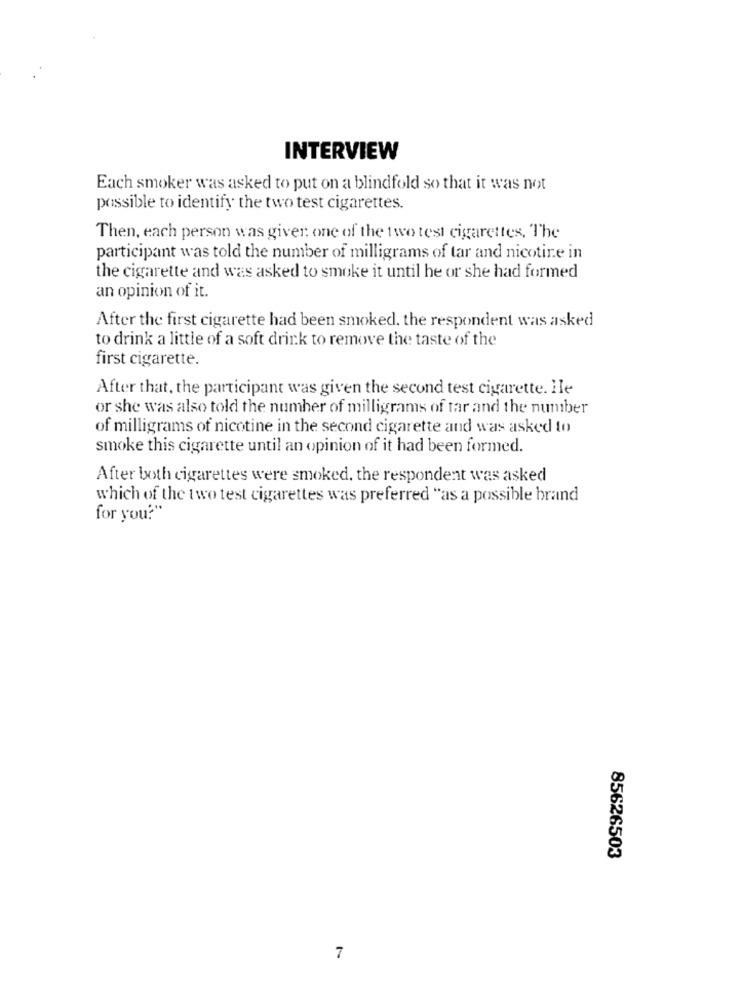
INTERVIEW
Each smoker was asked to put on a blindfold so that it was not
possible to identify the two test cigarettes.
Then, each person was giver one of the two test cigarettes, The
participant was told the number of milligrams of tar and nicotine in
the cigarette and was asked to smoke it until he or she had formed
an opinion of it.
After the first cigarette had been smoked. the respondent was asked
to drink a little of a soft drink to remove the taste of the
first cigarette.
After that, the participant was given the second test cigarette. Ile
or she was also told the number of milligrams of tar and the number
of milligrams of nicotine in the second cigarette and was asked to
smoke this cigarette until an opinion of it had been formed.
After both cigarettes were smoked, the respondent was asked
which of the two test cigarettes was preferred "as a possible brand
for you?"
85626503
7